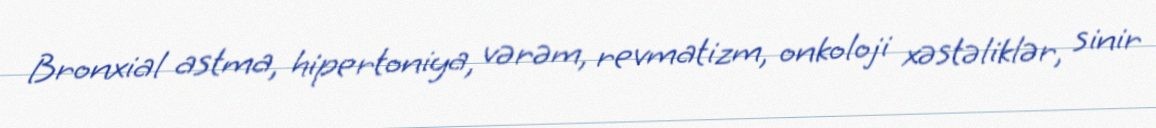
Bronxial astma, hipertoniya, vərəm, revmatizm, onkoloji xəstəliklər, sinir